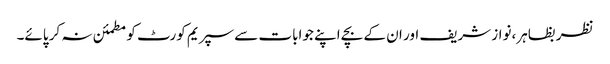
نظر بظاہر،نواز شریف اور ان کے بچے اپنے جوابات سے سپریم کورٹ کو مطمئن نہ کر پائے۔